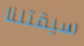
سيقتلنا